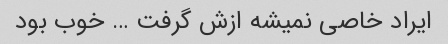
ایراد خاصی نمیشه ازش گرفت … خوب بود